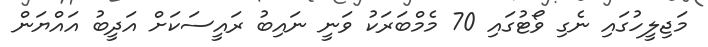
މަޖިލީހުގައި ނެގި ވޯޓުގައި 70 މެމްބަރަކު ވަނީ ނައިބު ރައީސަކަށް އަދީބު އައްޔަން